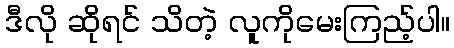
ဒီလို ဆိုရင် သိတဲ့ လူကိုမေးကြည့်ပါ။